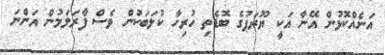
އަނެއްކޮޅުން އޭނާ އަކީ ޔޫރަޕުގެ ބޮޑެތި ހުރިހާ ކުލަބަކުން ވެސް ފާރަލަމުން އަންނަ